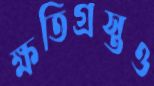
ক্ষতিগ্রস্তও